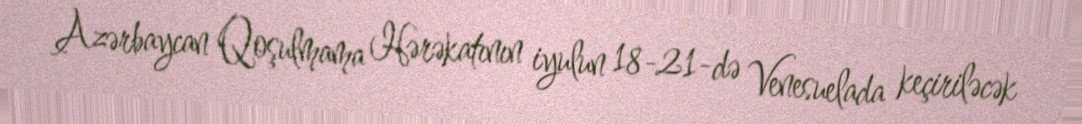
Azərbaycan Qoşulmama Hərəkatının iyulun 18-21-də Venesuelada keçiriləcək